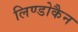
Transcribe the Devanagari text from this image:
लिण्डोकैन